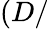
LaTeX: (D/